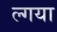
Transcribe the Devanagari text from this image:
ल्गया